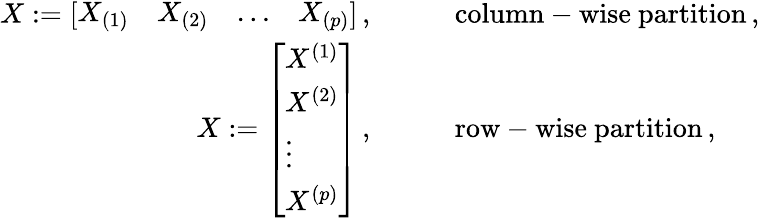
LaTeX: \begin{array}{rl}{X:=\left[\begin{array}{llll}{X_{(1)}}&{X_{(2)}}&{\ldots}&{X_{(p)}}\end{array}\right]\, ,\quad\quad}&{\mathrm{column-wise~partition}\, ,}\\ {X:=\left[\begin{array}{l}{X^{(1)}}\\ {X^{(2)}}\\ {\vdots}\\ {X^{(p)}}\end{array}\right]\, ,\quad\quad}&{\mathrm{row-wise~partition}\, ,}\end{array}